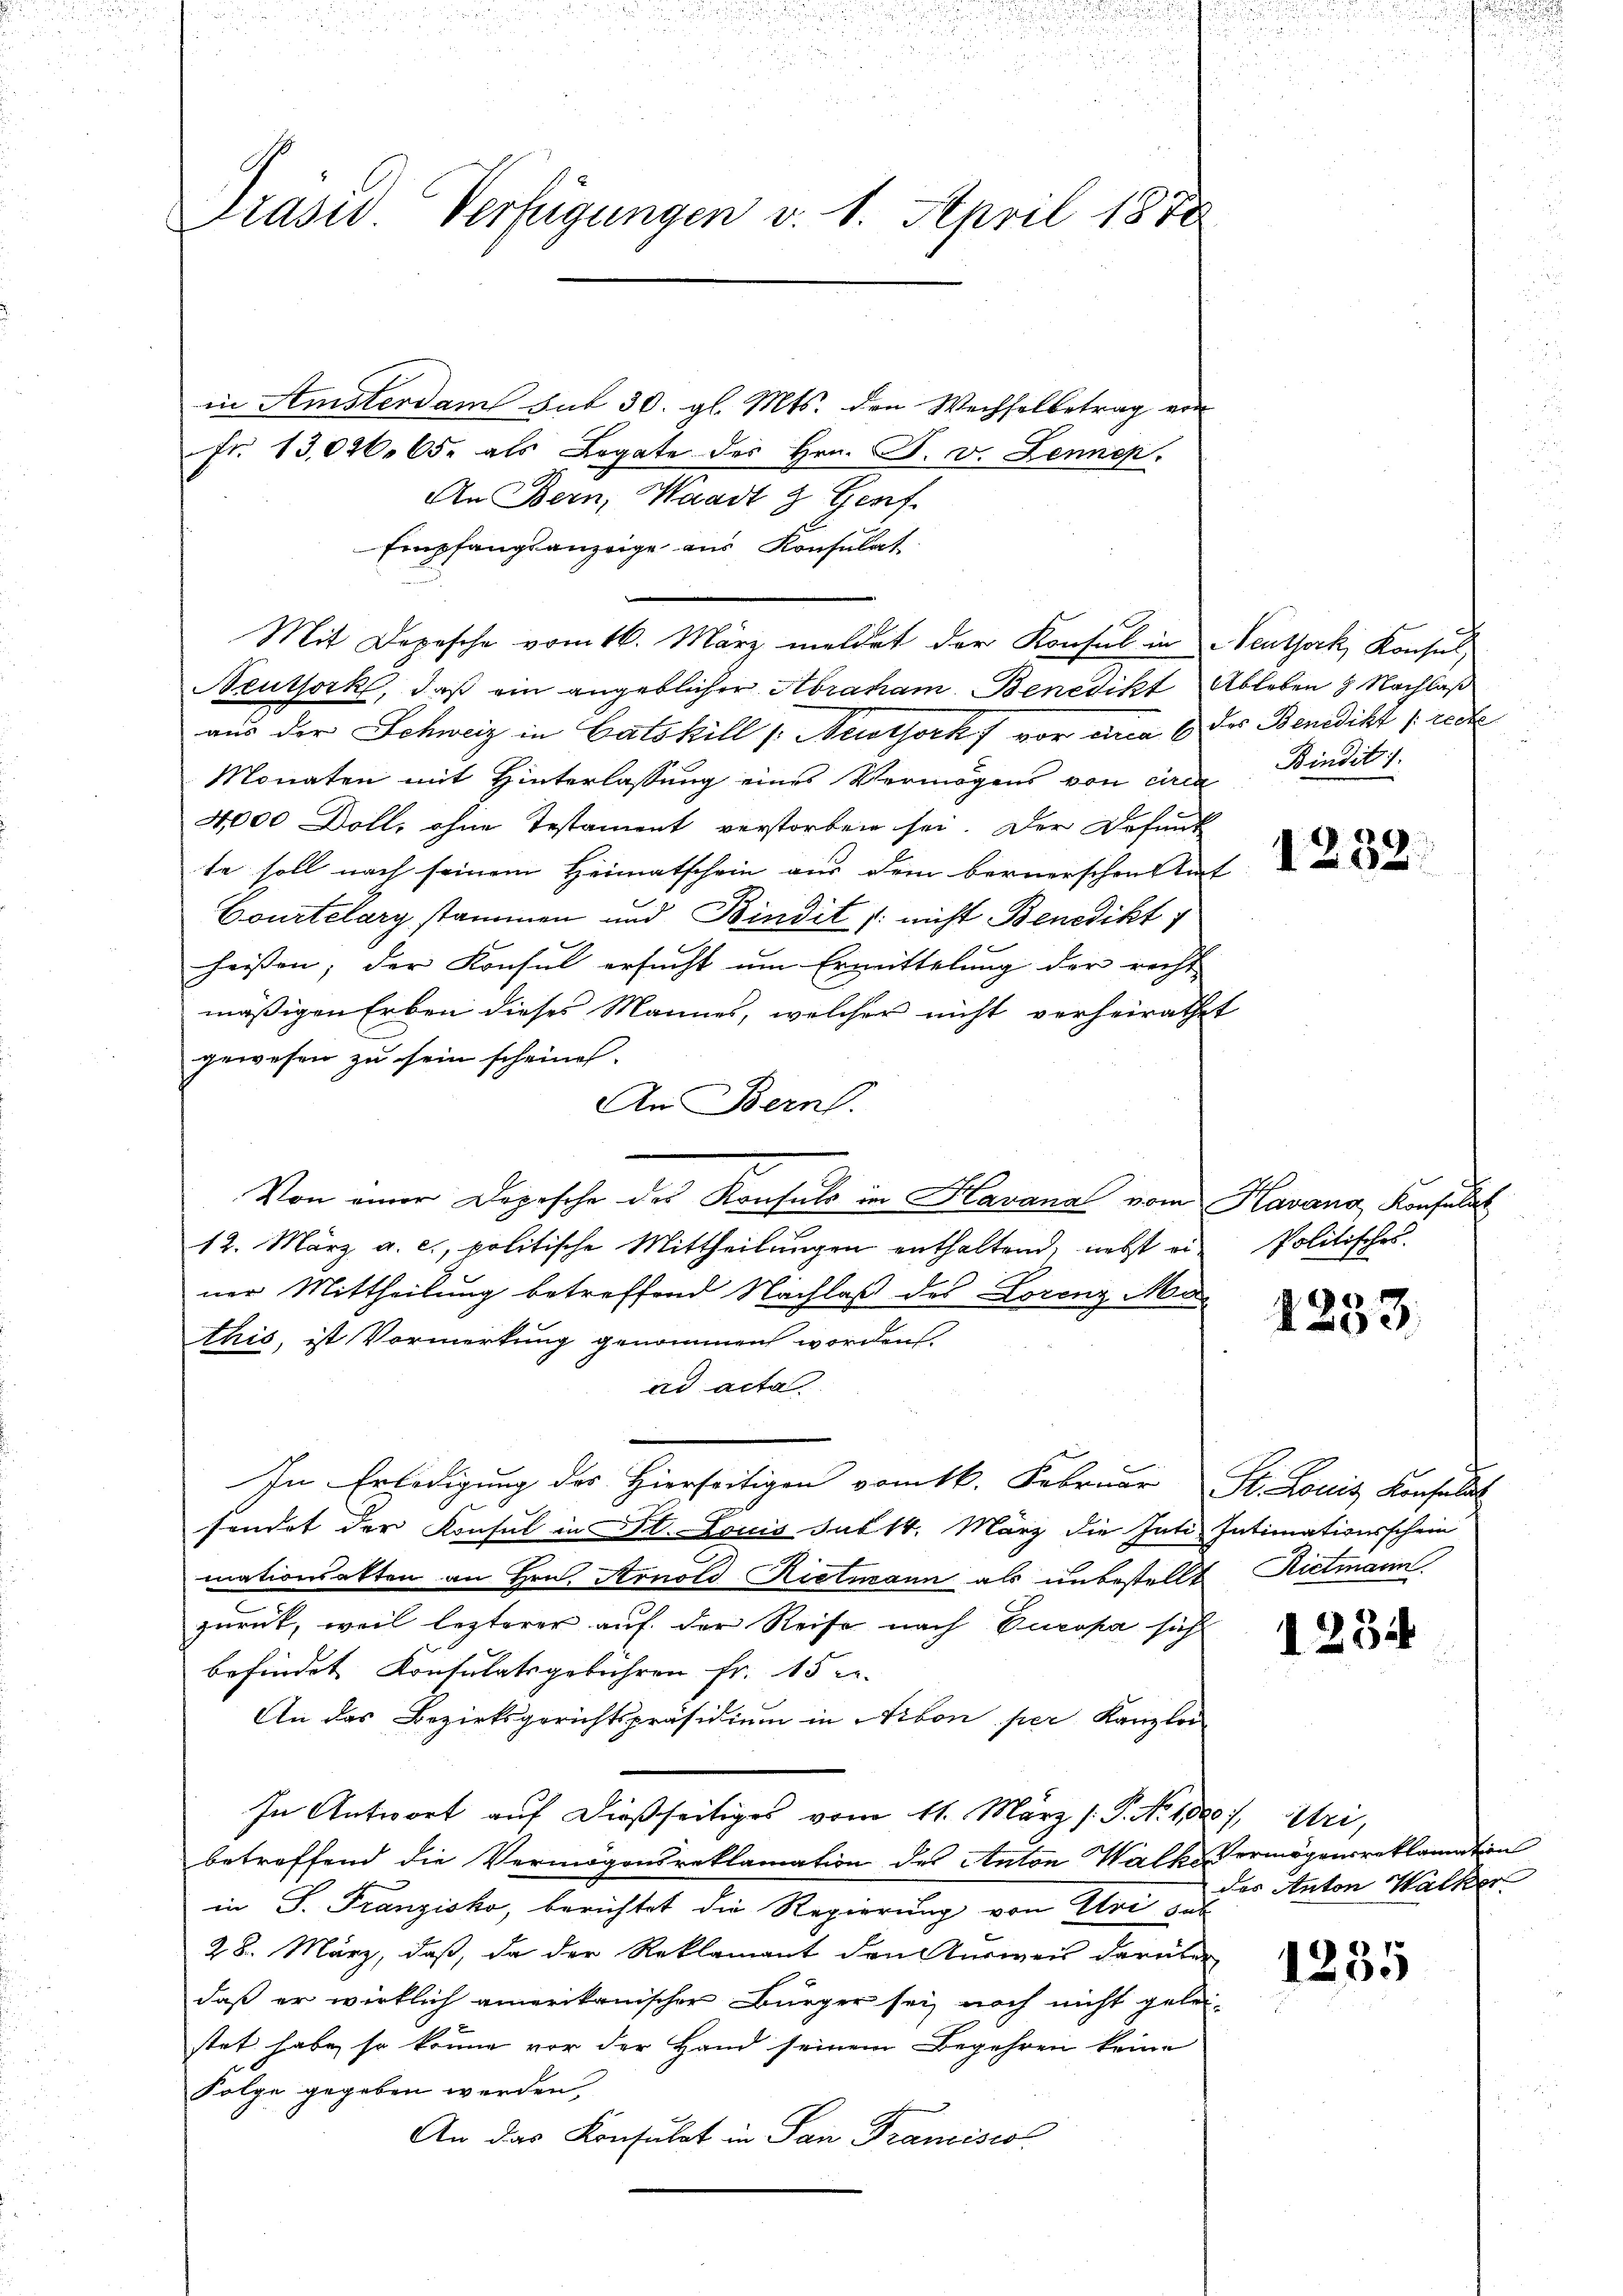
u
Präsid. Verfügungen v. 1. April 1878

in Amsterdam sub 30. gl. Mts. den Wechselbetrag von
fr. 13,026. 65. als Legate des Hrn. F. v. Lennen.
An Bern, Waadt 3 Genf.
Empfangsanzeige aus Konsulat
Mit Dopische vom 16. März meldet der Konsul in Neutjork, Konsul
Neuthork, daß ein angeblicher Abraham. Benedikt Ableben 2 Nachlaß
aus der Schweiz in Catskill [Nuothock, vor ein & des Benedikt [rect
Monaten mit Hinterlassung eines Vermögens von circa Bindit
4000 Doll, ohne Testament verstorben sei. Der Defind
te soll nach seinem Heimatschein aus dem bernerschen Amt
Courtelary stammen und Bindit /: nicht Benedikt
heissen; der Konsul ersucht um Ermittelung der recht
mäßigen Erben dieses Mannes, welcher nicht verheirathet
gewesen zu sein scheinen.
An Bern.
Von einer Depesche des Konsuls in Havana vom Havana, Konsulat
12. März a. c., politische Mittheilungen enthaltend, nebst ein Politisches
ner Mittheilung betreffend Nachlaß des Lorenz Mar
this, ist Vormerkung genommen worden
ad acta
In Erledigung des Hierseitigen vom 16. Februar St. Louis Konfli
sondet der Konsul in St. Louis sub 14. März die Inti Intimationsschein
mationsakten an Hrn. Arnold Kielmann als unbestellt Rietmann
zurück, weil lezterer auf der Reise nach Europa sicht
befindet Konsulatsgebühren fr. 15 x
An das Bezirksgerichtspräsidium in Nibon per Kanzler
In Antwort auf dießseitiges vom 11. März /: P. No. 1880), Stri,
betreffend die Vermögensreklamation des Anton Walke Vermögensreklamation
in P. Franzisko, berichtet die Regierung von Uri sub
28. März, daß, da der Reklamant den Ausweis darüber
daß er wirklich amerikanischer Bürger sei noch nicht gelei-
stet habe, so könne vor der Hand seinem Begehren keine
Folge gegeben werden,
An das Konsulat in San Francisces

1232.

2
.

1234

des Anton Wacker

1235